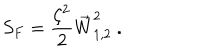
LaTeX: S _ { F } = \frac { \zeta ^ { 2 } } { 2 } \vec { W } _ { 1 , 2 } ^ { 2 } ~ .